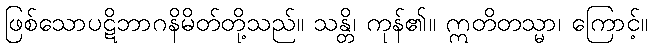
ဖြစ်သောပဋိဘာဂနိမိတ်တို့သည်။ သန္တိ၊ ကုန်၏။ ဣတိတသ္မာ၊ ကြောင့်။